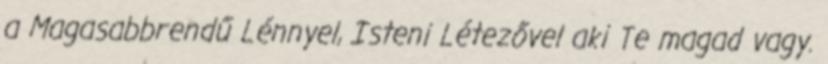
a Magasabbrendű Lénnyel, Isteni Létezővel aki Te magad vagy.